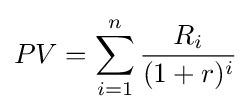
PV=\sum _{i=1}^{n}{\frac {R_{i}}{(1+r)^{i}}}